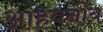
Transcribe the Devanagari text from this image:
आहवनीय